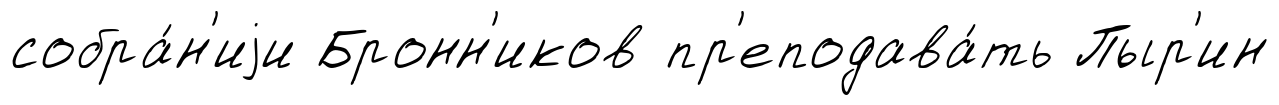
собра́н'иjи Бронн'иков пр'еподава́ть Пыр'ин